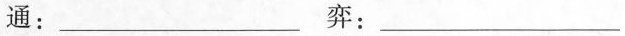
通：___ 弈：___